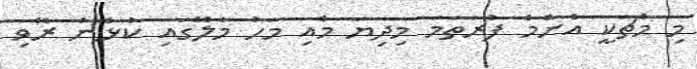
މި މެޗަކީ އެންމެ ފުރަތަމަ މިދިޔަ މެއި މަހު މާލޭގައި ކުޅެން ރޭވި